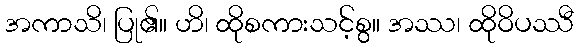
အကာသိ၊ ပြု၏။ ဟိ၊ ထိုစကားသင့်စွ။ အဿ၊ ထိုဝိပဿီ